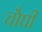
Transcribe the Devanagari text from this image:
चौघी